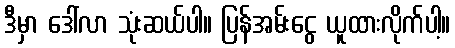
ဒီမှာ ဒေါ်လာ သုံးဆယ်ပါ။ ပြန်အမ်းငွေ ယူထားလိုက်ပါ့။